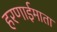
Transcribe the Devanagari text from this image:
हरणाईमाता